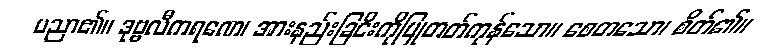
ပညာ၏။ ဒုဗ္ဗလီကရဏေ၊ အားနည်းခြငိးကိုပြုတတ်ကုန်သော။ စေတသော၊ စိတ်၏။